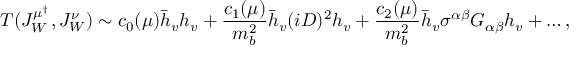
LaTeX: T ( J _ { W } ^ { \mu ^ { \dagger } } , J _ { W } ^ { \nu } ) \sim c _ { 0 } ( \mu ) \bar { h } _ { v } h _ { v } + { \frac { c _ { 1 } ( \mu ) } { m _ { b } ^ { 2 } } } \bar { h } _ { v } ( i D ) ^ { 2 } h _ { v } + { \frac { c _ { 2 } ( \mu ) } { m _ { b } ^ { 2 } } } \bar { h } _ { v } \sigma ^ { \alpha \beta } G _ { \alpha \beta } h _ { v } + \dots ,